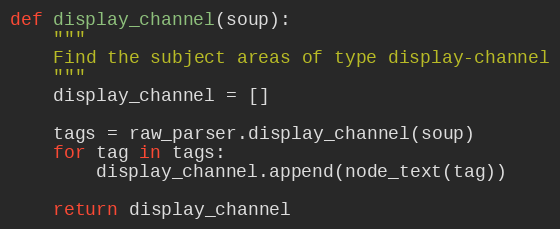
Language: Python
def display_channel(soup):
    """
    Find the subject areas of type display-channel
    """
    display_channel = []

    tags = raw_parser.display_channel(soup)
    for tag in tags:
        display_channel.append(node_text(tag))

    return display_channel